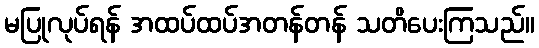
မပြုလုပ်ရန် အထပ်ထပ်အတန်တန် သတိပေးကြသည်။